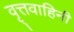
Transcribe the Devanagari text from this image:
वृ्त्तवाहिनी